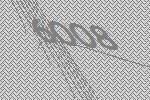
6008